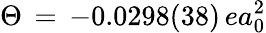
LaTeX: \Theta\, =\, -0.0298(38)\, ea_{0}^{2}